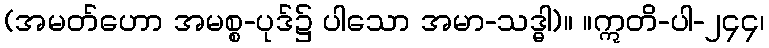
(အမတ်ဟော အမစ္စ-ပုဒ်၌ ပါသော အမာ-သဒ္ဓါ)။ ။ဣတိ-ပါ-၂၄၄၊